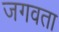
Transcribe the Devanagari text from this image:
जगवता